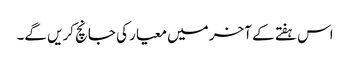
اس ہفتے کے آخر میں معیار کی جانچ کریں گے۔